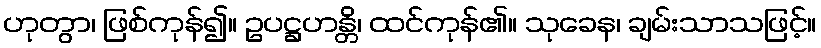
ဟုတွာ၊ ဖြစ်ကုန်၍။ ဥပဋ္ဌဟန္တိ၊ ထင်ကုန်၏။ သုခေန၊ ချမ်းသာသဖြင့်။